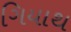
ગિયાથ